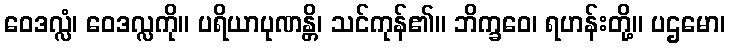
ဝေဒလ္လံ၊ ဝေဒလ္လကို။ ပရိယာပုဏန္တိ၊ သင်ကုန်၏။ ဘိက္ခဝေ၊ ရဟန်းတို့။ ပဌမော၊